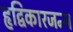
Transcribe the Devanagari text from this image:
हृद्विकारजन्य